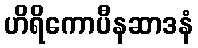
ဟိရိကောပီနဆာဒနံ